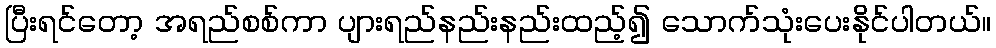
ပြီးရင်တော့ အရည်စစ်ကာ ပျားရည်နည်းနည်းထည့်၍ သောက်သုံးပေးနိုင်ပါတယ်။